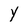
Character: Y